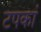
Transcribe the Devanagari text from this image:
टपकां